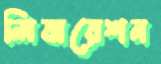
লিবারেশন